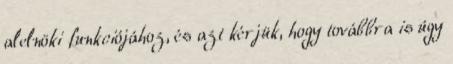
alelnöki funkciójához, és azt kérjük, hogy továbbra is úgy